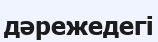
дәрежедегі